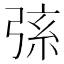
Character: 𢏸